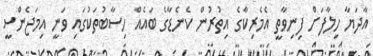
އާދަޔާ ހިލާފަށް ފިނިވާތީ އެމެރިކާގެ އިތުރުން ކެނެޑާގެ ބައެއް ހިސާބުތަކުގައި ވަނީ އިމަޖެންސީ